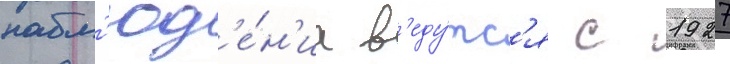
набл'юд'е́н'иа в'еду́тс'я с 1927